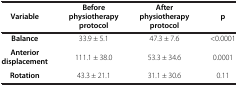
| Variable | Before physiotherapy protocol | After physiotherapy protocol | p |
 | --- | --- | --- | --- |
 | Balance | 33.9 ± 5.1 | 47.3 ± 7.6 | <0.0001 |
 | Anterior displacement | 111.1 ± 38.0 | 53.3 ± 34.6 | 0.0001 |
 | Rotation | 43.3 ± 21.1 | 31.1 ± 30.6 | 0.11 |